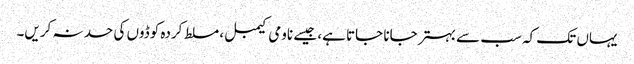
یہاں تک کہ سب سے بہتر جانا جاتا ہے، جیسے ناومی کیمبل، مسلط کردہ کوڈوں کی حد نہ کریں۔